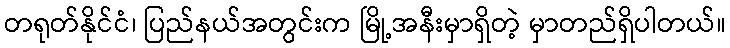
တရုတ်နိုင်ငံ၊ ပြည်နယ်အတွင်းက မြို့အနီးမှာရှိတဲ့ မှာတည်ရှိပါတယ်။